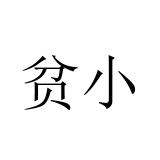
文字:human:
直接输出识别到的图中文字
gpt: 贫小